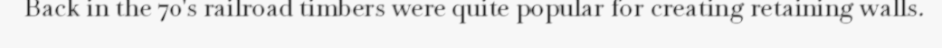
Back in the 70's railroad timbers were quite popular for creating retaining walls.